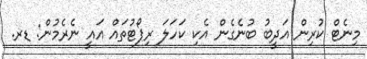
މިނެޓް ކުރިން އަދީބު ބުނެގެން އެކި ކަހަލަ ރިޕޯޓުތައް އައީ ނެރެމުން: ޑރ.